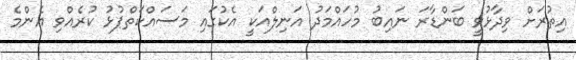
އިތުރަށް ވިދާޅުވީ ބަންޑާރަ ނައިބު މުހައްމަދު އަނިލްއަކީ އެކުގައި މަސައްކަތްޕުޅު ކުރެއްވި އެންމެ